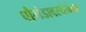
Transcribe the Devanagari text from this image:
पौगंडावस्थेनंतर